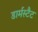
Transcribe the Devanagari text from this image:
डार्मस्टैट